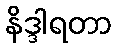
နိဒ္ဒါရတာ